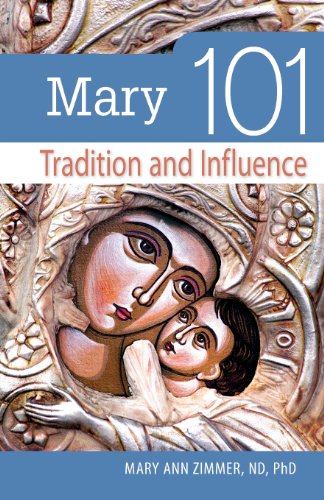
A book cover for Mary 101: Tradition and Influence (101 Series); Sr Mary Zimmer ND  PhD; Christian Books & Bibles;